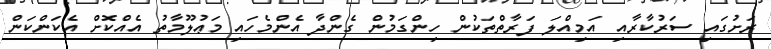
ރަށުގައި ސަރުކާރާއި އަމިއްލަ ފަރާތްތަކުން ހިންގަމުން ގެންދާ އެންމެހައި މަޢުލޫމާތު އެއްކޮށް އެކަންކަން